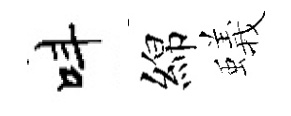
呌綿蟻